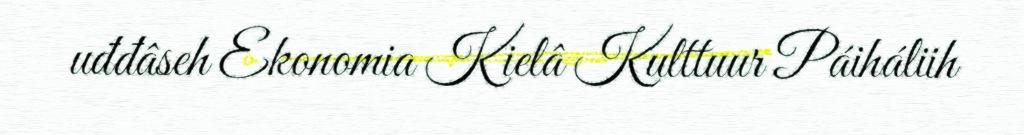
uđđâseh Ekonomia Kielâ Kulttuur Páiháliih